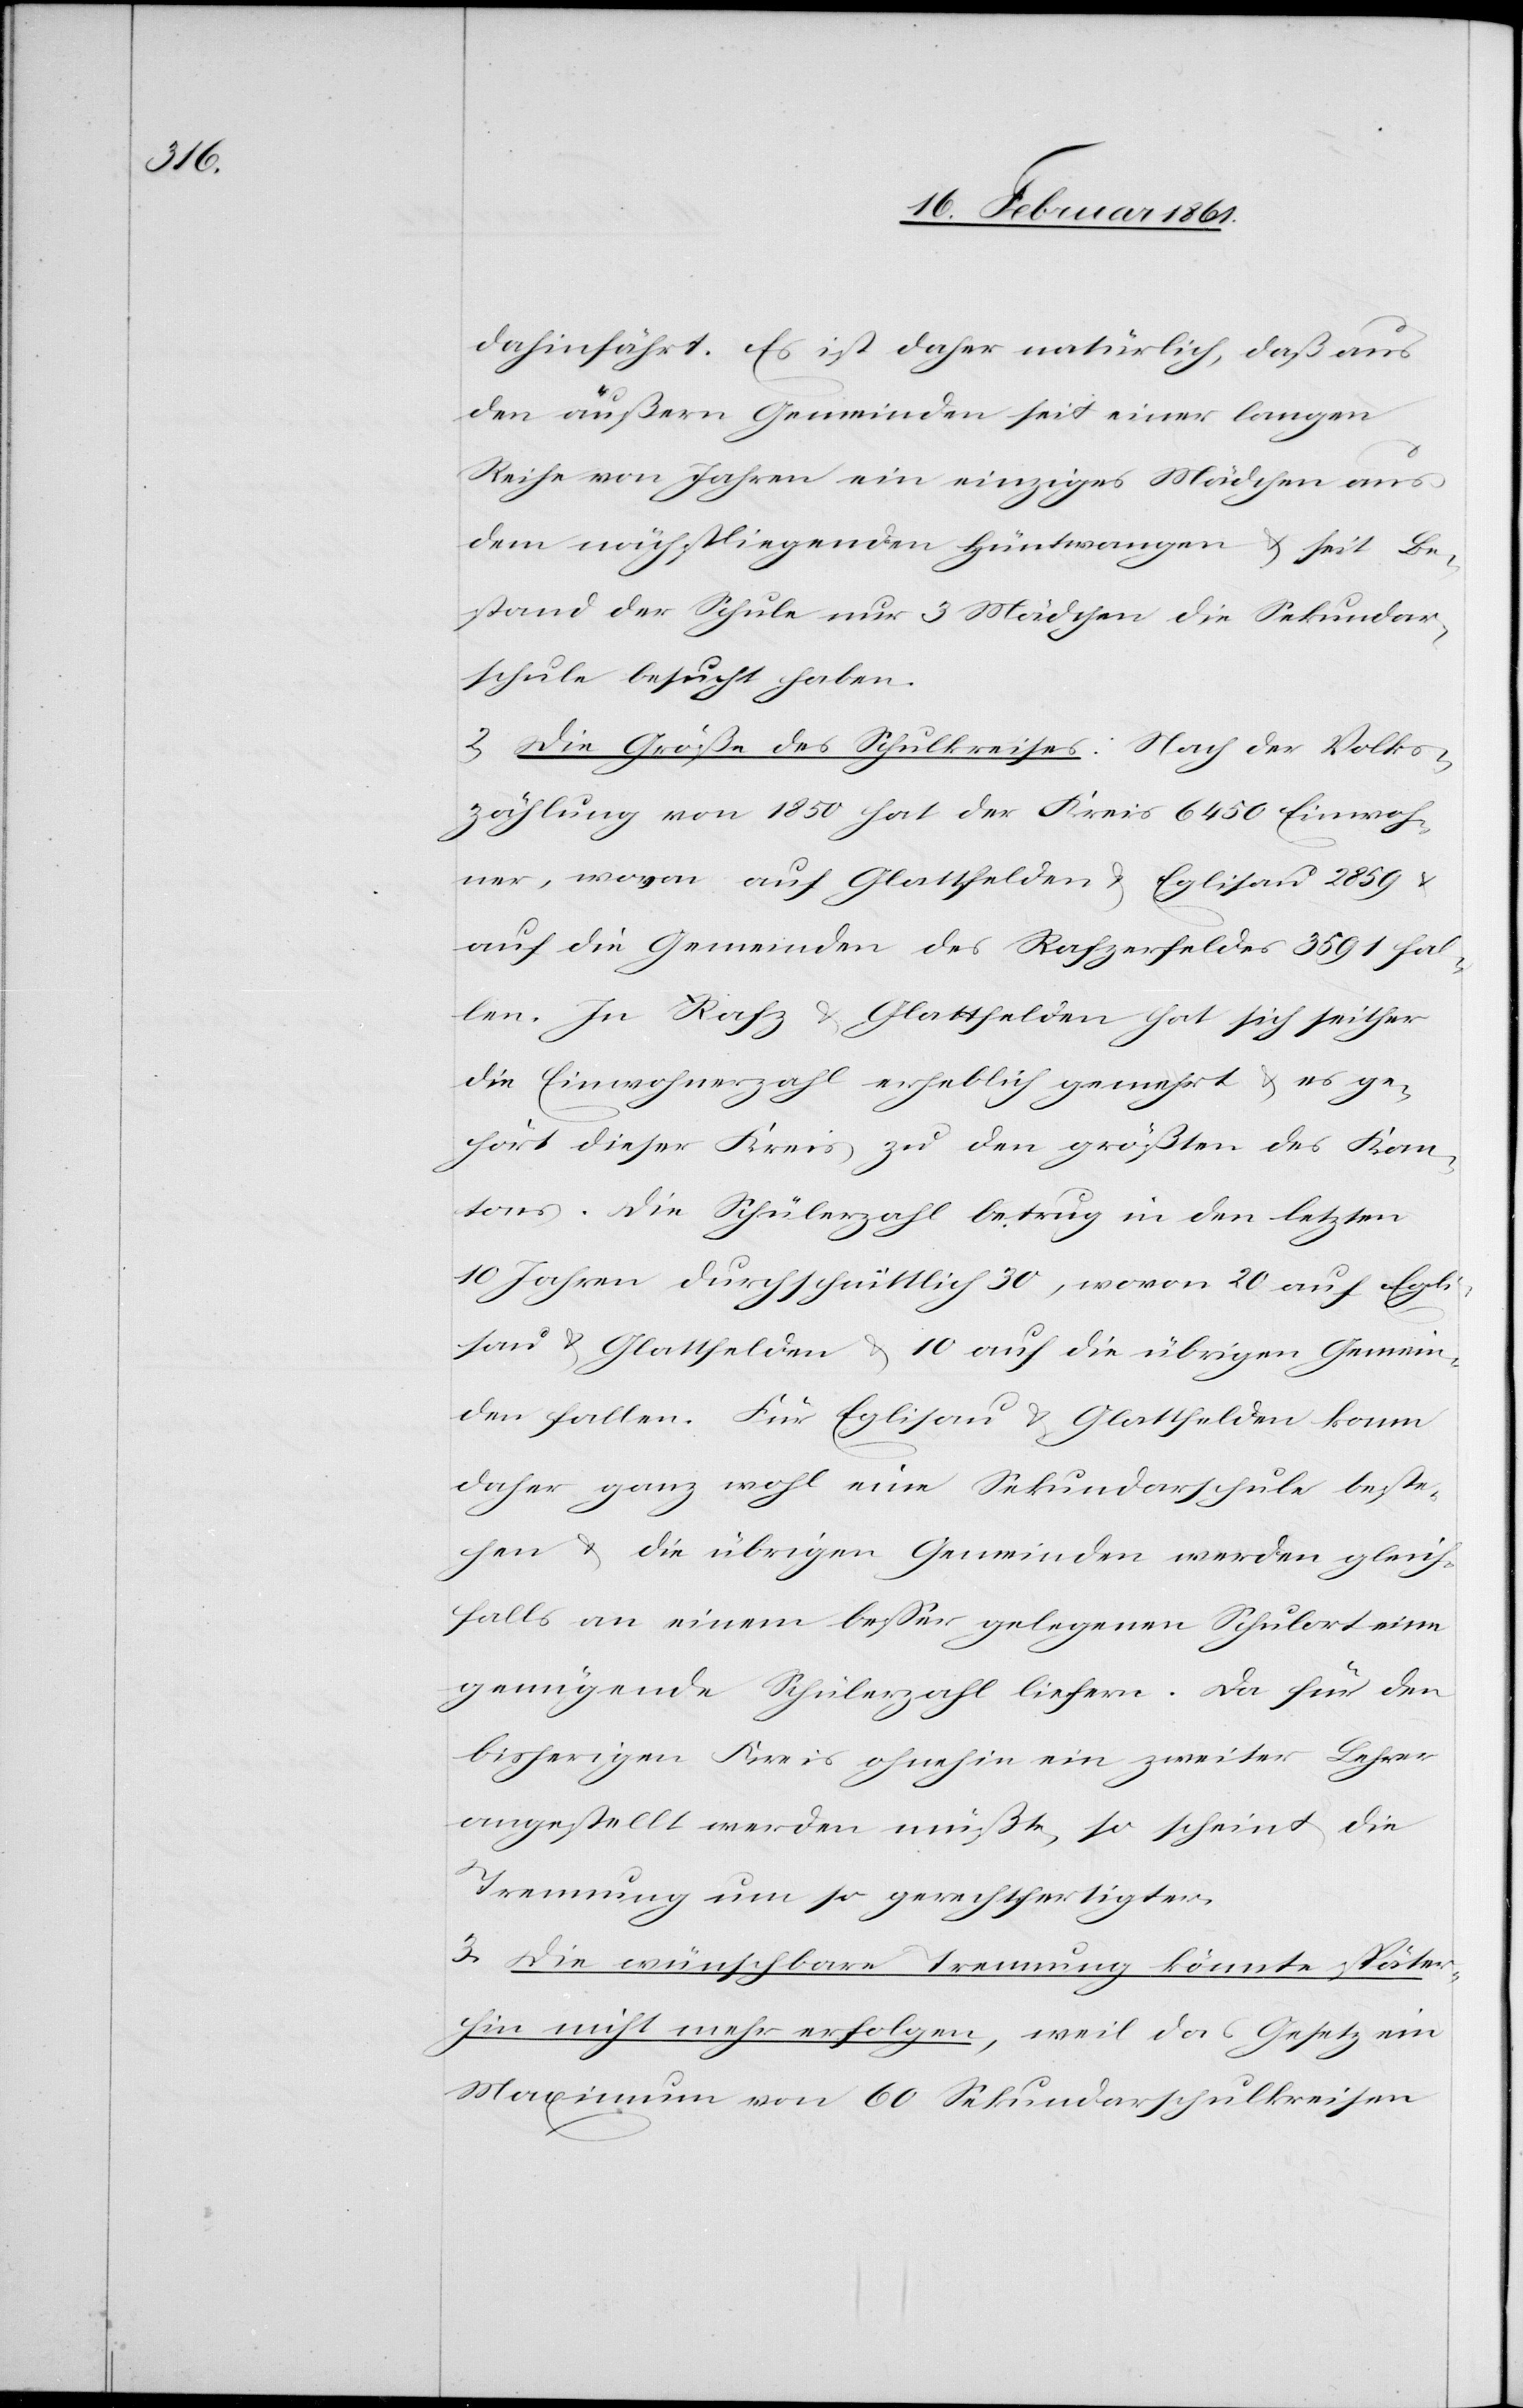
dahinfährt. Es ist daher natürlich, daß aus
den äußern Gemeinden seit einer langen
Reihe von Jahren ein einziges Mädchen aus
dem nächstliegenden Hüntwangen u. seit Be¬
stand der Schule nur 3 Mädchen die Sekundar¬
schule besucht haben.
2) Die Größe des Schulkreises. Nach der Volks¬
zählung von 1850 hat der Kreis 6450 Einwoh¬
ner, wovon auf Glattfelden u. Eglisau 2859 u.
auf die Gemeinden des Rafzerfeldes 3591 fal¬
len. In Rafz u. Glattfelden hat sich seither
die Einwohnerzahl erheblich gemehrt u. es ge¬
hört dieser Kreis zu den größten des Kan¬
tons. Die Schülerzahl betrug in den letzten
10 Jahren durchschnittlich 30, wovon 20 auf Egli¬
sau u. Glattfelden u. 10 auf die übrigen Gemein¬
den fallen. Für Eglisau u. Glattfelden kann
daher ganz wohl eine Sekundarschule beste¬
hen u. die übrigen Gemeinden werden gleich¬
falls an einem besser gelegenen Schulort eine
genügende Schülerzahl liefern. Da für den
bisherigen Kreis ohnehin ein zweiter Lehrer
angestellt werden müßte, so scheint die
Trennung um so gerechtfertigter.
3) Die wünschbare Trennung könnte später¬
hin nicht mehr erfolgen, weil das Gesetz ein
Maximum von 60 Sekundarschulkreisen